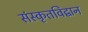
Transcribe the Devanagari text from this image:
संस्कृतविद्वान